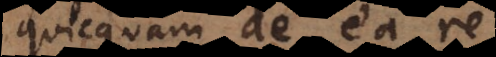
quicquam de ea re,